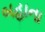
બહાના